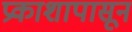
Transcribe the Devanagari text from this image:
प्रकाशापासून